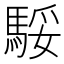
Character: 𩣧